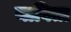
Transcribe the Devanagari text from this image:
नाविता